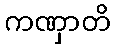
ကဏှာတိ